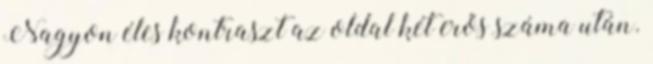
Nagyon éles kontraszt az oldal két erős száma után.